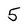
Character: 5